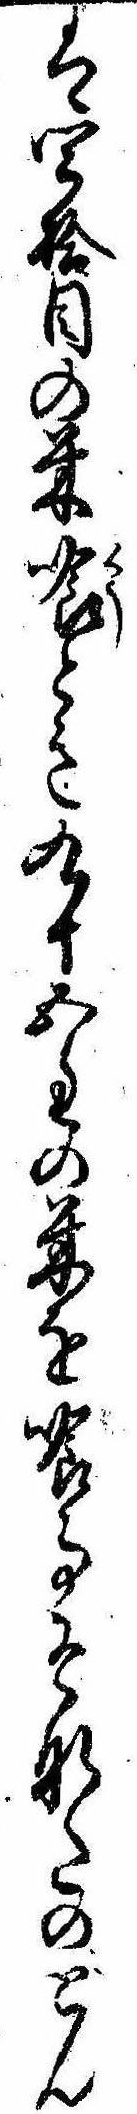
は四拾目の米喰とき九十五匁の米を喰事そなたのどん